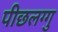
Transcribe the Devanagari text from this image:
पीछलग्गु